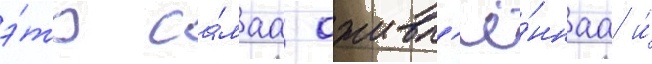
э́то са́маа оживл'ё́ннаа и́